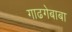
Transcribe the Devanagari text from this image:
गाढगेबाबा